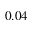
0 . 0 4